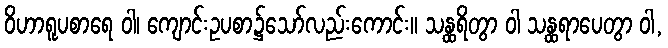
ဝိဟာရူပစာရေ ဝါ၊ ကျောင်းဥပစာ၌သော်လည်းကောင်း။ သန္ထရိတွာ ဝါ သန္ထရာပေတွာ ဝါ,